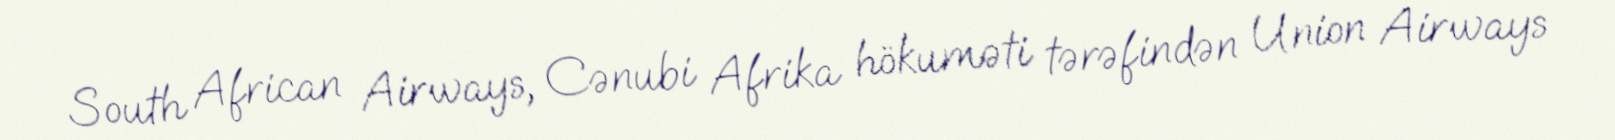
South African Airways, Cənubi Afrika hökuməti tərəfindən Union Airways